Report on vaccination in Madras 1895-1903 - 1895-1903
Year: 1895
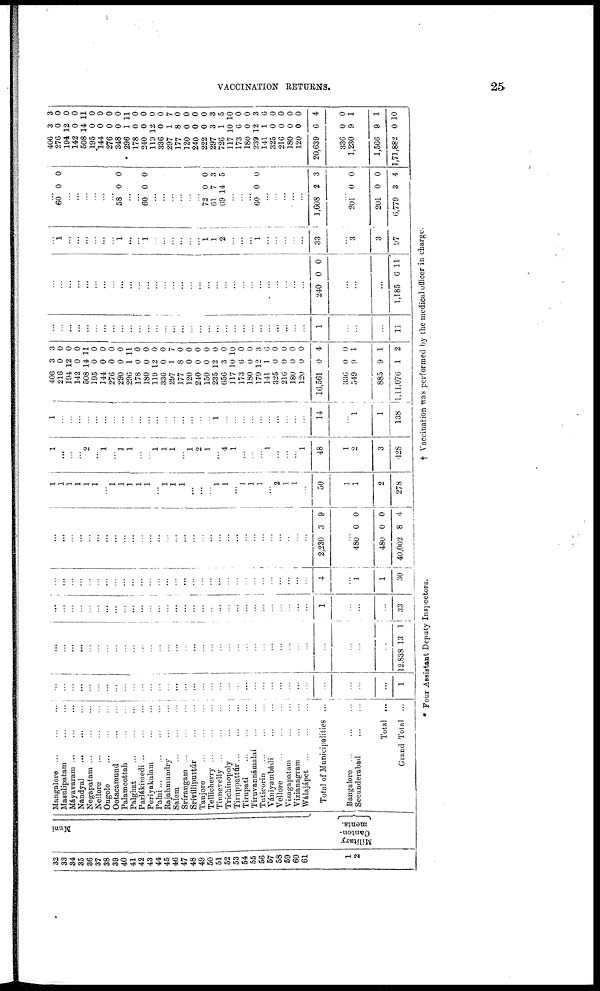
VACCINATION RETURNS.
25
32
33
34
35
36
37
38
39
40
41
42
43
44
45
46
47
48
49
50
51
52
53
54
55
56
57
58
59
60
61
1
2
Muni
Military
Canton-
ments.
Mangalore ... ... ...
Masulipatam
...
...
Máyavaram
...
...
...
Nandyal
...
...
...
Negapatam
...
...
...
Nellore
...
...
...
Ongole
...
...
...
Ootacamund
...
...
Palamcottah
...
...
Palghat
...
...
...
Parlákimedi
...
...
...
Periyakulam
...
...
Palni
...
...
...
...
Rajahmundry
...
...
Salem
...
...
...
Srírangam
...
...
...
Srívilliputtúr
...
...
Tanjore
...
...
...
Tellicherry ... ... ...
Tinnevelly ... ... ...
Trichinopoly
...
...
Tiruppattúr
...
...
...
Tirupati
...
...
...
Tiruvannámalai ... ...
Tuticorin
...
...
...
Vániyambádi ... ...
Vellore
...
...
...
Vizagapatam ... ...
Vizianagram ... ...
Wálajápet
...
...
...
Total of Municipalities ...
Bangalore ... ... ...
Secunderabad
...
...
Total ...
Grand Total ...
...
...
...
...
...
...
...
...
...
...
...
...
...
...
...
...
...
...
...
...
...
...
...
...
...
...
...
...
...
...
...
...
...
...
1
...
...
...
...
...
...
...
...
...
...
...
...
...
...
...
...
...
...
...
...
...
...
...
...
...
...
...
...
...
...
...
...
...
...
12,838 13 1
...
...
...
...
...
...
...
...
...
...
...
...
...
...
...
...
...
...
...
...
...
...
...
...
...
...
...
...
...
...
1
...
...
...
33
...
...
...
...
...
...
...
...
...
...
...
...
...
...
...
...
...
...
...
...
...
...
...
...
...
...
...
...
...
...
4
...
1
1
30
...
...
...
...
...
...
...
...
...
...
...
...
...
...
...
...
...
...
...
...
...
...
...
...
...
...
...
..
...
...
2,230 3 9
...
480
480
40,002
0
0
8
0
0
4
1
1
1
1
1
1
...
1
1
1
1
1
...
1
1
1
...
...
...
1
1
...
1
1
1
...
2
1
1
...
50
1
1
2
278
1
...
...
...
2
...
1
...
1
1
...
...
1
1
1
...
1
2
1
...
4
1
...
...
...
1
...
...
...
1
48
1
2
3
428
1
...
...
...
...
...
...
...
...
...
...
...
...
...
...
...
...
...
...
1
...
...
...
...
...
...
...
...
...
...
14
...
1
1
138
406
216
194
142
508
195
144
276
290
296
178
180
119
336
297
177
120
240
150
235
656
117
173
180
179
141
325
216
180
120
16,561
336
549
885
1,11,076
3
0
12
0
14
0
0
0
0
1
0
0
12
0
1
8
0
0
0
12
3
10
6
0
12
1
0
0
0
0
0
0
9
9
1
3
0
0
0
11
0
0
0
0
11
0
0
0
0
7
0
0
0
0
0
0
10
0
0
3
6
0
0
0
0
4
0
1
1
2
...
...
...
...
...
...
...
...
...
...
...
...
...
...
...
...
...
...
...
...
...
...
...
...
...
...
...
...
...
...
1
...
...
...
11
...
...
...
...
...
...
...
...
...
...
...
...
...
...
...
...
...
...
...
...
...
...
...
...
...
...
...
...
...
...
240 0 0
...
...
...
1,185 6 11
...
1
...
...
...
...
...
...
1
...
...
1
...
...
...
...
...
...
1
1
2
...
...
...
1
...
...
...
...
...
33
...
3
3
97
...
60 0 0
...
...
...
...
...
...
58 0 0
...
...
60 0 0
...
...
...
...
...
...
72
61
69
0
7
14
0
3
5
...
...
...
60 0 0
...
...
...
...
...
1,608 2 3
...
201
201
6,779
0
0
3
0
0
4
406
276
194
142
508
195
144
276
348
296
178
240
119
336
297
177
120
240
222
297
726
117
173
180
239
141
325
216
180
120
20,639
336
1,230
1,566
1,71,882
3
0
12
0
14
0
0
0
0
1
0
0
12
0
1
8
0
0
0
3
1
10
6
0
12
1
0
0
0
0
6
0
9
9
0
3
0
0
0
11
0
0
0
0
11
0
0
0
0
7
0
0
0
0
3
5
10
0
0
3
6
0
0
0
0
4
0
1
1
10
* Four Assistant Deputy Inspectors.
† Vaccination was performed by the medical officer in charge.